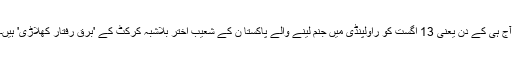
آج ہی کے دن یعنی 13 اگست کو راولپنڈی میں جنم لینے والے پاکستا ن کے شعیب اختر بلاشبہ کرکٹ کے 'برق رفتار کھلاڑی' ہیں۔